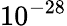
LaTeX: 10^{-28}